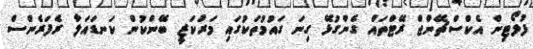
ފުލޯޓިން އެކްސްޗޭންޖް ރޭޓްތައް ގެންގުޅޭ ގިނަ ގައުމުތަކުގައި މަރުކަޒީ ބޭންކުން ކަނޑައަލާ ރެފަރެންސް